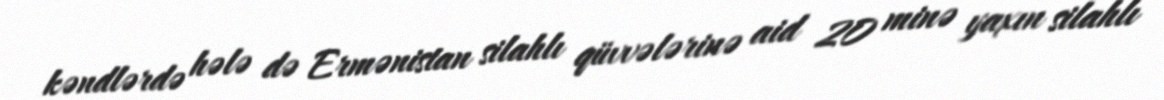
kəndlərdə hələ də Ermənistan silahlı qüvvələrinə aid 20 minə yaxın silahlı